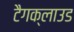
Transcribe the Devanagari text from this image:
टैगक्लाउड